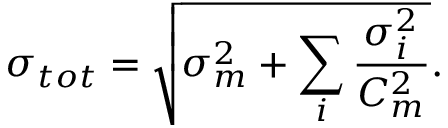
\sigma _ { t o t } = \sqrt { \sigma _ { m } ^ { 2 } + \sum _ { i } { \frac { \sigma _ { i } ^ { 2 } } { C _ { m } ^ { 2 } } } } .